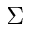
\Sigma